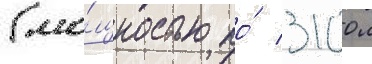
(мо́щностью по́ 3100 л